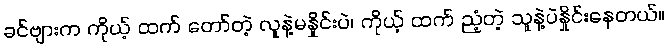
ခင်ဗျားက ကိုယ့် ထက် တော်တဲ့ လူနဲ့မနှိုင်းပဲ၊ ကိုယ့် ထက် ညံ့တဲ့ သူနဲ့ပဲနှိုင်းနေတယ်။